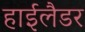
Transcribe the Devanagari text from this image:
हाईलैडर